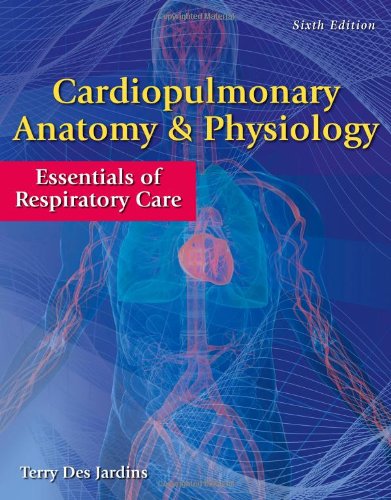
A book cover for Cardiopulmonary Anatomy & Physiology: Essentials of Respiratory Care; Terry Des Jardins; Medical Books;